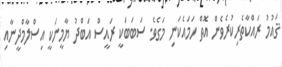
ޤައުމު ރައްކާތެރިކުރެވެން އޮތް ހަމައެކަނި މަގެވެ. ސަބަބަކީ ރައީސް އަބްދު ޔާމީނަކީ އިސްލާމްދީނާއި